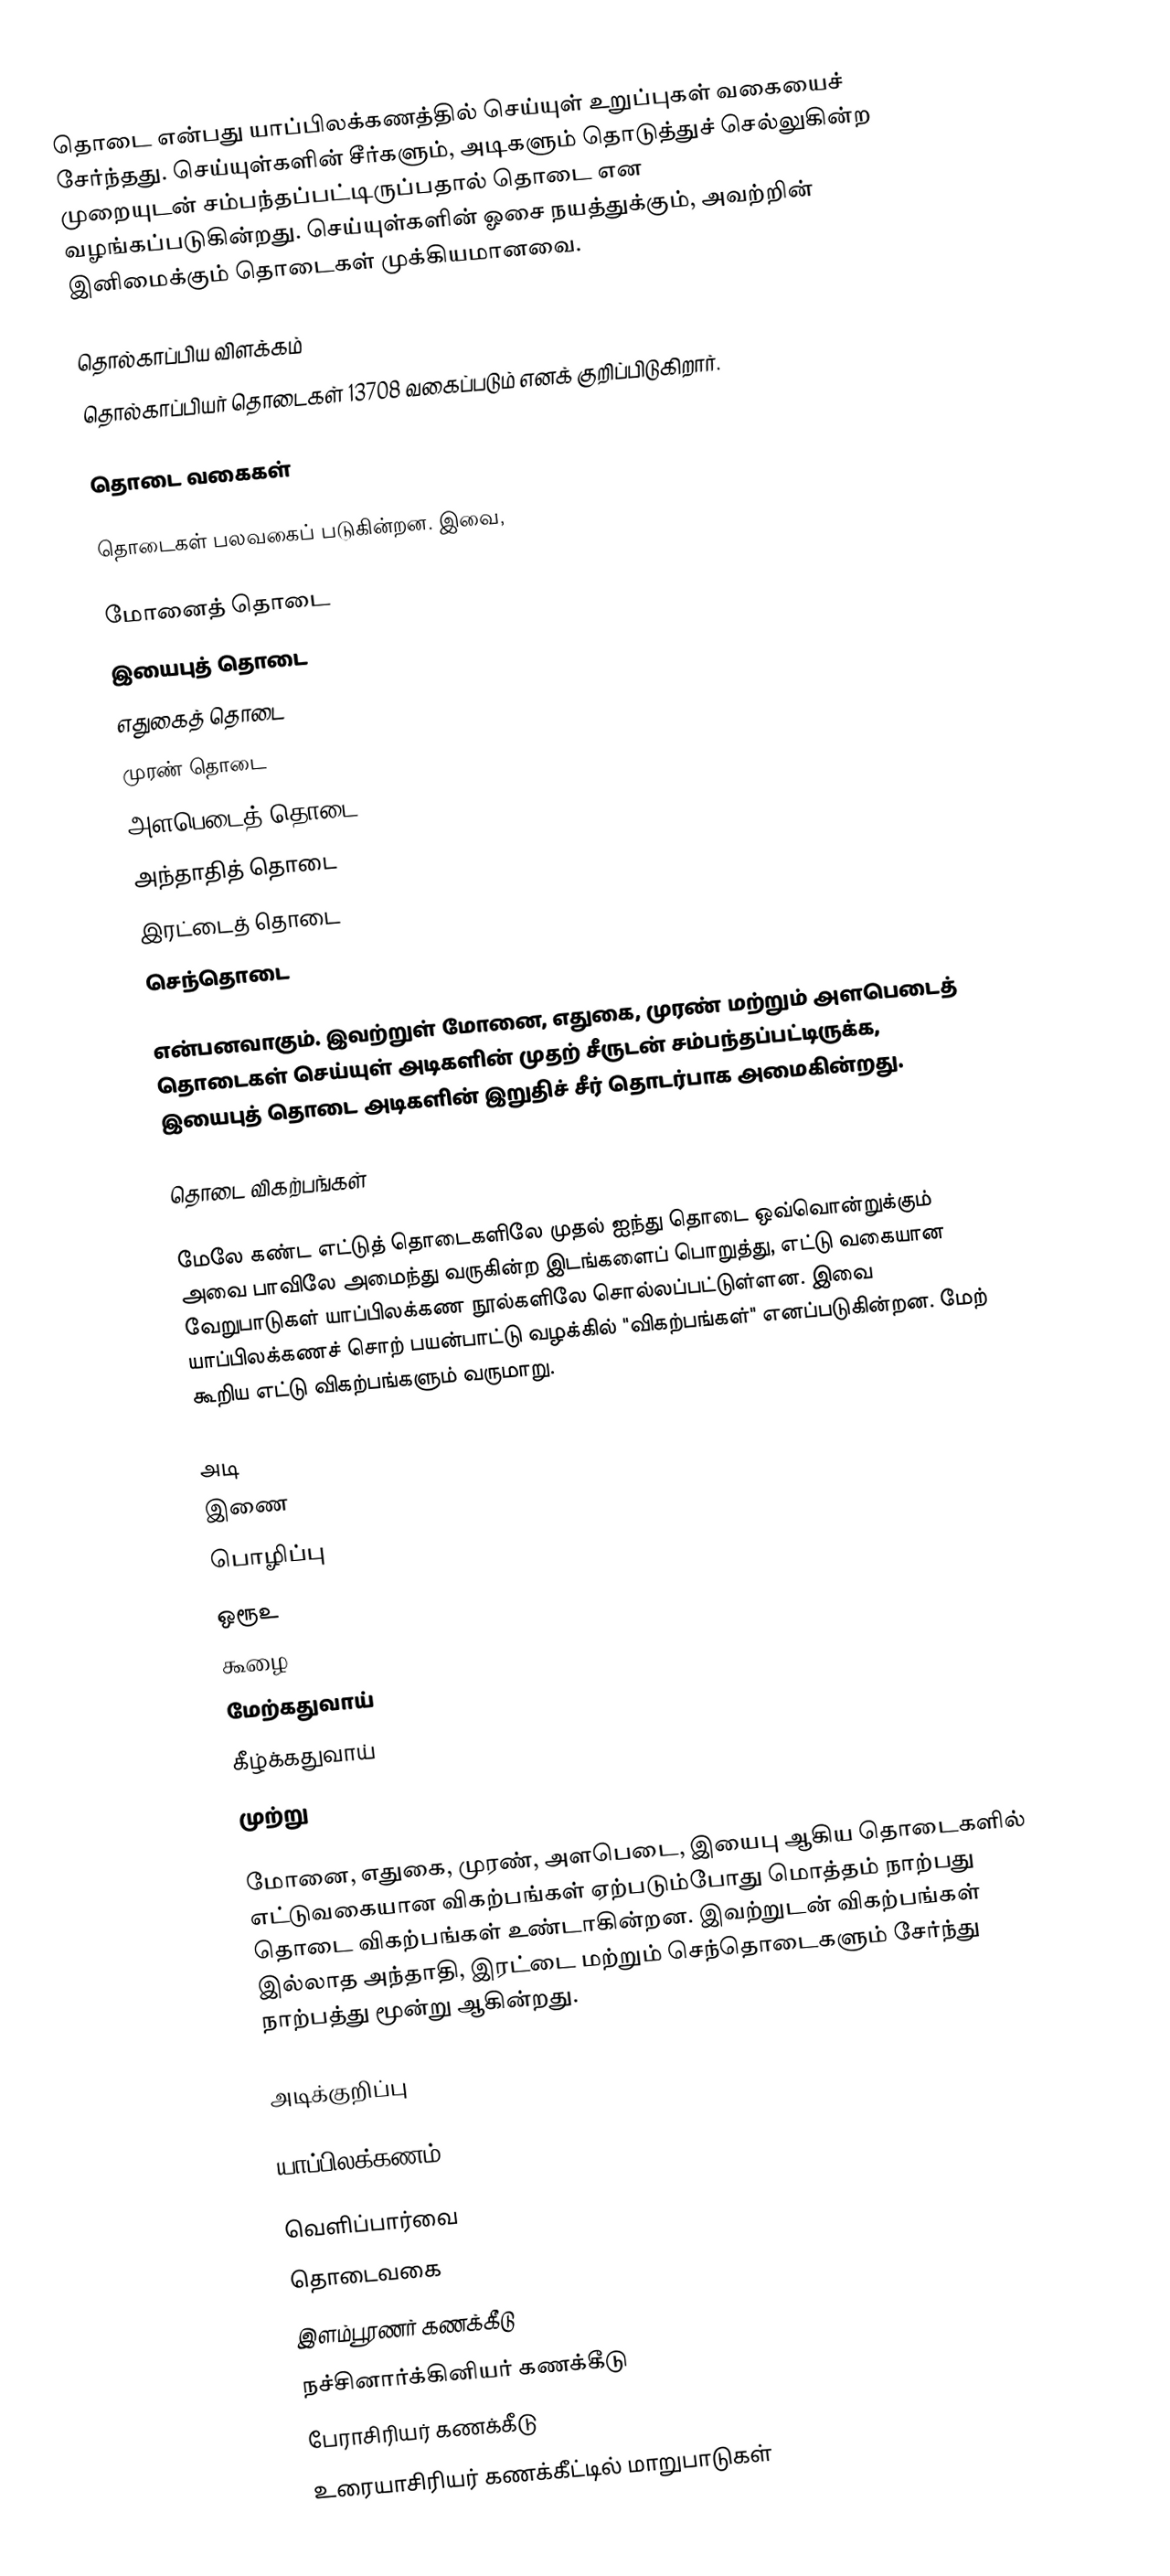
தொடை என்பது யாப்பிலக்கணத்தில் செய்யுள் உறுப்புகள் வகையைச் சேர்ந்தது. செய்யுள்களின் சீர்களும், அடிகளும் தொடுத்துச் செல்லுகின்ற முறையுடன் சம்பந்தப்பட்டிருப்பதால் தொடை என வழங்கப்படுகின்றது. செய்யுள்களின் ஓசை நயத்துக்கும், அவற்றின் இனிமைக்கும் தொடைகள் முக்கியமானவை.

தொல்காப்பிய விளக்கம்
தொல்காப்பியர் தொடைகள் 13708 வகைப்படும் எனக் குறிப்பிடுகிறார்.

தொடை வகைகள்

தொடைகள் பலவகைப் படுகின்றன.  இவை,

 மோனைத் தொடை
 இயைபுத் தொடை
 எதுகைத் தொடை
 முரண் தொடை
 அளபெடைத் தொடை
 அந்தாதித் தொடை
 இரட்டைத் தொடை
 செந்தொடை

என்பனவாகும். இவற்றுள் மோனை, எதுகை, முரண் மற்றும் அளபெடைத் தொடைகள் செய்யுள் அடிகளின் முதற் சீருடன் சம்பந்தப்பட்டிருக்க, இயைபுத் தொடை அடிகளின் இறுதிச் சீர் தொடர்பாக அமைகின்றது.

தொடை விகற்பங்கள்

மேலே கண்ட எட்டுத் தொடைகளிலே முதல் ஐந்து தொடை ஒவ்வொன்றுக்கும் அவை பாவிலே அமைந்து வருகின்ற இடங்களைப் பொறுத்து, எட்டு வகையான வேறுபாடுகள் யாப்பிலக்கண நூல்களிலே சொல்லப்பட்டுள்ளன. இவை யாப்பிலக்கணச் சொற் பயன்பாட்டு வழக்கில் "விகற்பங்கள்" எனப்படுகின்றன. மேற் கூறிய எட்டு விகற்பங்களும் வருமாறு.

 அடி
 இணை
 பொழிப்பு
 ஒரூஉ
 கூழை
 மேற்கதுவாய்
 கீழ்க்கதுவாய்
 முற்று

மோனை, எதுகை, முரண், அளபெடை, இயைபு ஆகிய தொடைகளில் எட்டுவகையான விகற்பங்கள் ஏற்படும்போது மொத்தம் நாற்பது தொடை விகற்பங்கள் உண்டாகின்றன. இவற்றுடன் விகற்பங்கள் இல்லாத அந்தாதி, இரட்டை மற்றும் செந்தொடைகளும் சேர்ந்து நாற்பத்து மூன்று ஆகின்றது.

அடிக்குறிப்பு

யாப்பிலக்கணம்

வெளிப்பார்வை
தொடைவகை
 இளம்பூரணர் கணக்கீடு
 நச்சினார்க்கினியர் கணக்கீடு
 பேராசிரியர் கணக்கீடு
 உரையாசிரியர் கணக்கீட்டில் மாறுபாடுகள்